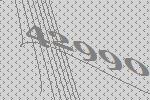
42990